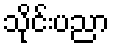
သိုင်းပညာ